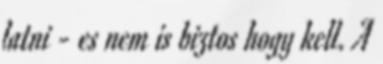
latni - es nem is biztos hogy kell. A